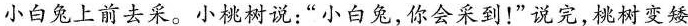
小白兔上前去采。小桃树说：”小白兔，你会采到！”说完，桃树变矮